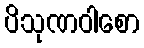
ပိသုဏဝါစော